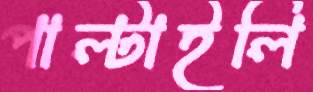
পাল্‌টাইলি